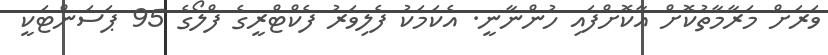
ވަރަށް މަރާމާތުކޮށް އާކޮށްފައި ހުންނާނީ. އެކަމަކު ފެލިވަރު ފެކްޓްރީގެ ފްލޯގެ 95 ޕަސަންޓަކީ